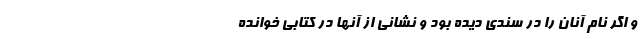
و اگر نام آنان را در سَنَدی دیده بود و نشانی از آنها در کتابی خوانده